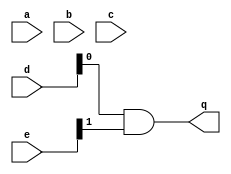
/*
* -----------------------------------------------------------------
* COMPANY : Ruhr University Bochum
* DOCUMENT: "Second-Order SCA Security with almost no Fresh Randomness" TCHES 2021, Issue 3
* -----------------------------------------------------------------
*
* Copyright c 2021, Amir Moradi, Aein Rezaei Shahmirzadi
*
* All rights reserved.
*
* THIS SOFTWARE IS PROVIDED BY THE COPYRIGHT HOLDERS AND CONTRIBUTORS "AS IS" AND
* ANY EXPRESS OR IMPLIED WARRANTIES, INCLUDING, BUT NOT LIMITED TO, THE IMPLIED
* WARRANTIES OF MERCHANTABILITY AND FITNESS FOR A PARTICULAR PURPOSE ARE
* DISCLAIMED. IN NO EVENT SHALL THE COPYRIGHT HOLDER OR CONTRIBUTERS BE LIABLE FOR ANY
* DIRECT, INDIRECT, INCIDENTAL, SPECIAL, EXEMPLARY, OR CONSEQUENTIAL DAMAGES
* INCLUDING, BUT NOT LIMITED TO, PROCUREMENT OF SUBSTITUTE GOODS OR SERVICES;
* LOSS OF USE, DATA, OR PROFITS; OR BUSINESS INTERRUPTION HOWEVER CAUSED AND
* ON ANY THEORY OF LIABILITY, WHETHER IN CONTRACT, STRICT LIABILITY, OR TORT
* INCLUDING NEGLIGENCE OR OTHERWISE ARISING IN ANY WAY OUT OF THE USE OF THIS
* SOFTWARE, EVEN IF ADVISED OF THE POSSIBILITY OF SUCH DAMAGE.
*
* Please see LICENSE and README for license and further instructions.
*/


module NF_CF(
    input [2:1] a,
    input [2:1] b,
    input [2:1] c,
    input [2:1] d,
    input [2:1] e,
    output q 
	 );
	 
	parameter num = 1;
	 
	generate

		if(num==0) begin
			assign q = a[1] ^ d[1] ^ (d[1] & e[1]);
		end
		if(num==1) begin
			assign q = d[1] & e[2];
		end
		if(num==2) begin
			assign q = a[2] ^ d[2] ^ (d[2] & e[1]);
		end
		if(num==3) begin
			assign q = d[2] & e[2];
		end
		
		
		if(num==4) begin
			assign q = a[1] & e[1];
		end
		if(num==5) begin
			assign q = b[1] ^ (a[1] & e[2]);
		end
		if(num==6) begin
			assign q = e[1] ^ (a[2] & e[1] );
		end
		if(num==7) begin
			assign q = b[2] ^ e[2] ^ (a[2] & e[2]);
		end
		
		
		if(num==8) begin
			assign q = a[1] & b[1];
		end
		if(num==9) begin
			assign q = a[1] ^ c[1] ^ (a[1] & b[2]);
		end
		if(num==10) begin
			assign q = a[2] ^ c[2] ^ (a[2] & b[1]);
		end
		if(num==11) begin
			assign q = a[2] & b[2];
		end
		
		
		if(num==12) begin
			assign q = a[1] ^ d[1] ^ (b[1] & c[1]);
		end
		if(num==13) begin
			assign q = a[1] ^ b[1] ^ (b[1] & c[2]);
		end
		if(num==14) begin
			assign q = b[2] & c[1];
		end
		if(num==15) begin
			assign q = b[2] ^ d[2] ^ (b[2] & c[2]);
		end
		
		if(num==16) begin
			assign q = e[1] ^ (c[1] & d[1]);
		end
		if(num==17) begin
			assign q = c[1] ^ (c[1] & d[2]);
		end
		if(num==18) begin
			assign q = a[2] ^ b[2] ^ e[2] ^ (c[2] & d[1]);
		end
		if(num==19) begin
			assign q = a[2] ^ b[2] ^ c[2] ^ (c[2] & d[2]);
		end

		

	endgenerate


endmodule